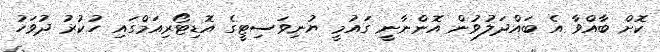
ކޮށް ބާއްވާ އެ ބައްދަލުވުން އޮންނާނީ ގައުމީ ޔުނިވަސިޓީގެ އޮޑިޓޯރިއަމްގައި ހުކުރު ދުވަހު